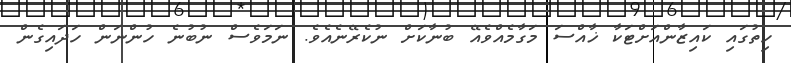
ހިތުގައި ކައިޒާންއަށްޓަކާ ޚާއްސަ މަގާމެއްވެއޭ ބުނާކަށް ނުކެރޭނެއެވެ. ނަމަވެސް ނުބުނެ ހުންނަން ހަދައިގެން